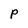
Character: P